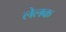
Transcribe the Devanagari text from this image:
लेलक